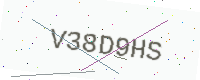
Text: V38D9HS